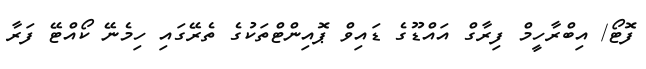
ފޮޓޯ/ އިބްރާހީމް ފިރާގް އައްޑޫގެ ޑައިވް ޕޮއިންޓްތަކުގެ ތެރޭގައި ހިމެނޭ ކޯއްޓޭ ފަރާ